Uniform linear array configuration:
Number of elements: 64
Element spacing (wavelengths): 0.25
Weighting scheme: hamming
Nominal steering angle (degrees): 45
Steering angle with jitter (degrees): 46.85
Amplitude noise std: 0.05
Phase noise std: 0.05

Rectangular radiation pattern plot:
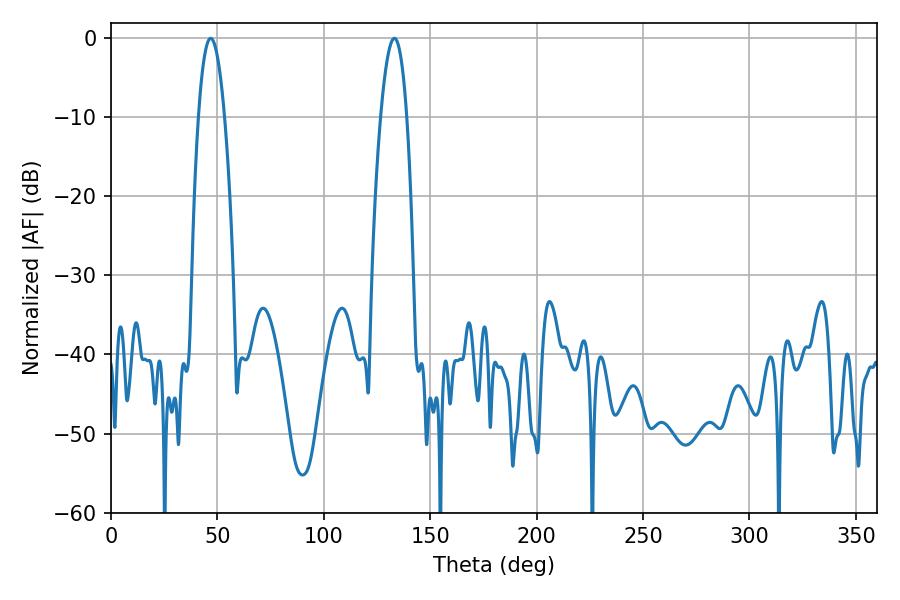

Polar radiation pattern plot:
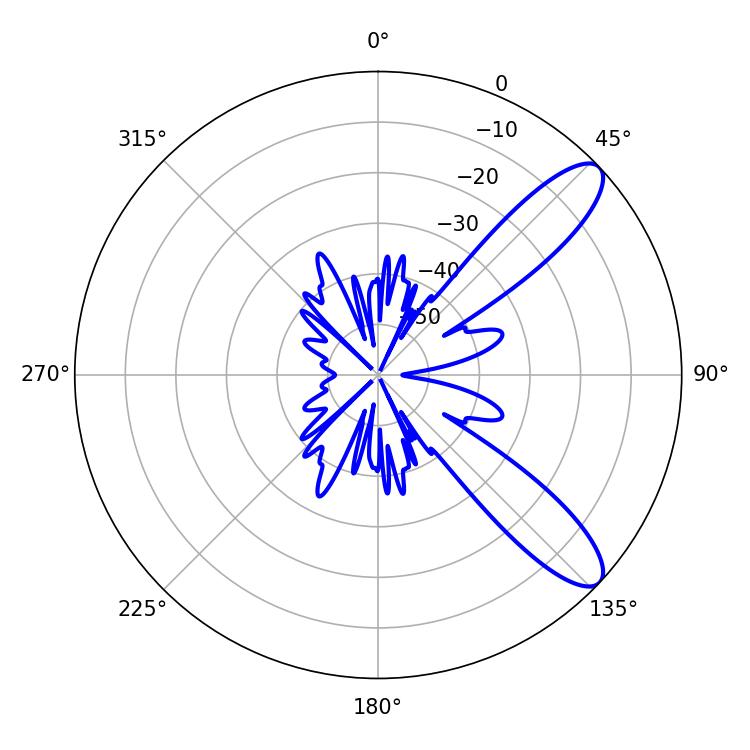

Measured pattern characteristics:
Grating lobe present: FALSE
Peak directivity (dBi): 10.313
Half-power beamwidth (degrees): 6.84
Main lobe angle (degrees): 46.8